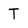
Character: T